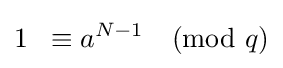
1\;\;\equiv a^{N-1}{\pmod {q}}